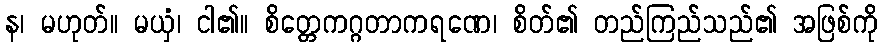
န၊ မဟုတ်။ မယှံ၊ ငါ၏။ စိတ္တေကဂ္ဂတာကရဏေ၊ စိတ်၏ တည်ကြည်သည်၏ အဖြစ်ကို